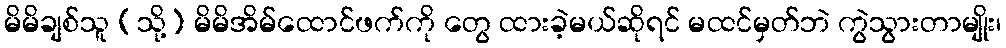
မိမိချစ်သူ (သို့) မိမိအိမ်ထောင်ဖက်ကို တွေ ထားခဲ့မယ်ဆိုရင် မထင်မှတ်ဘဲ ကွဲသွားတာမျိုး၊